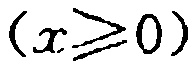
$(x\geq 0)$